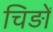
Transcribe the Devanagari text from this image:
चिड़ों